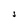
Character: S